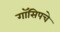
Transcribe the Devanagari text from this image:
गॉसिपचे